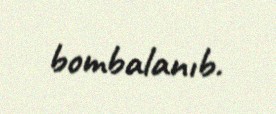
bombalanıb.